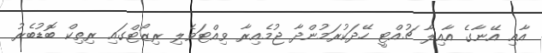
އާއި އޭނާގެ އާއިލާ ޗުއްޓީ ހޭދަކުރަމުންދާ ޖުމެއިރާ ވިއްޓަވެލި ރިޒޯޓްގައި ރިތިކް ބޮޑުބެރު